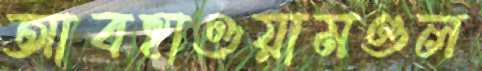
আবহাওয়ামণ্ডল